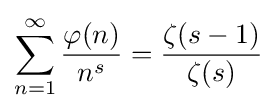
\sum _{n=1}^{\infty }{\frac {\varphi (n)}{n^{s}}}={\frac {\zeta (s-1)}{\zeta (s)}}